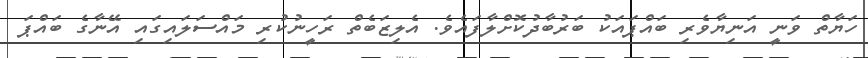
ހަޔާތް ވަނީ އަނިޔާވެރި ބައްޕައަކު ބަރުބާދުކޮށްލާފައެވެ. އެލިޒަބެތް ރަހީނުކުރި މައްސަލައިގައި އޭނާގެ ބައްޕަ